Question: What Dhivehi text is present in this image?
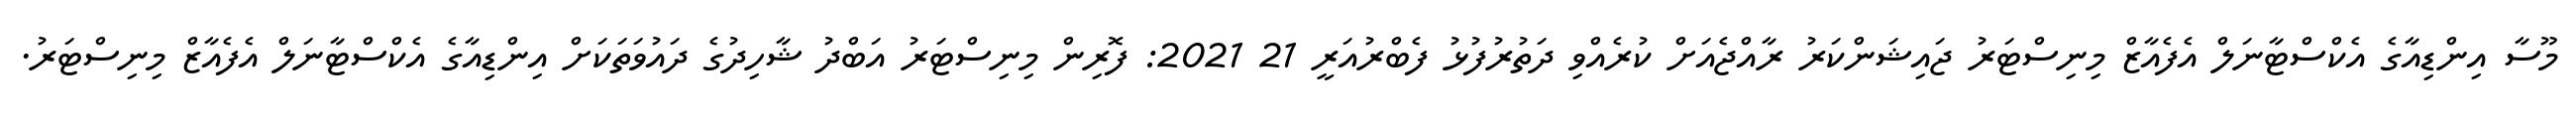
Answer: މޫސާ އިންޑިއާގެ އެކްސްޓާނަލް އެފެއާޒް މިނިސްޓަރު ޖައިޝަންކަރު ރާއްޖެއަށް ކުރެއްވި ދަތުރުފުޅު ފެބްރުއަރީ 21 2021: ފޮރިން މިނިސްޓަރު އަބްދު ޝާހިދުގެ ދައުވަތަކަށް އިންޑިއާގެ އެކްސްޓާނަލް އެފެއާޒް މިނިސްޓަރު.